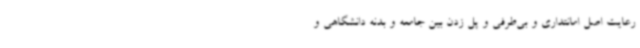
رعایت اصل امانتداری و بی‌طرفی و پل زدن بین جامعه و بدنه دانشگاهی و